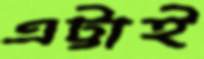
এট্টাই